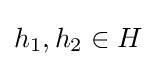
h_{1},h_{2}\in H